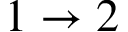
1 \rightarrow 2